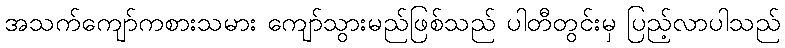
အသက်ကျော်ကစားသမား ကျော်သွားမည်ဖြစ်သည် ပါတီတွင်းမှ ပြည့်လာပါသည်